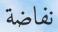
نفاضة